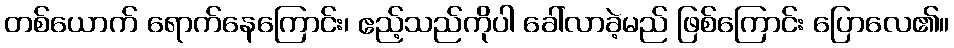
တစ်ယောက် ရောက်နေကြောင်း၊ ဧည့်သည်ကိုပါ ခေါ်လာခဲ့မည် ဖြစ်ကြောင်း ပြောလေ၏။